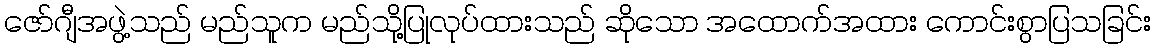
ဇော်ဂျီအဖွဲ့သည် မည်သူက မည်သို့ပြုလုပ်ထားသည် ဆိုသော အထောက်အထား ကောင်းစွာပြသခြင်း